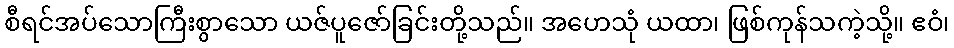
စီရင်အပ်သောကြီးစွာသော ယဇ်ပူဇော်ခြင်းတို့သည်။ အဟေသုံ ယထာ၊ ဖြစ်ကုန်သကဲ့သို့။ ဧဝံ၊